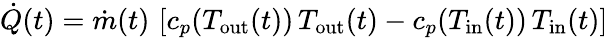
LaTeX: \dot{Q}(t)=\dot{m}(t)\, \left[c_{p}(T_{\mathrm{out}}(t))\, T_{\mathrm{out}}(t)-c_{p}(T_{\mathrm{in}}(t))\, T_{\mathrm{in}}(t)\right]